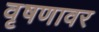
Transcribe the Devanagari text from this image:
वृषणावर